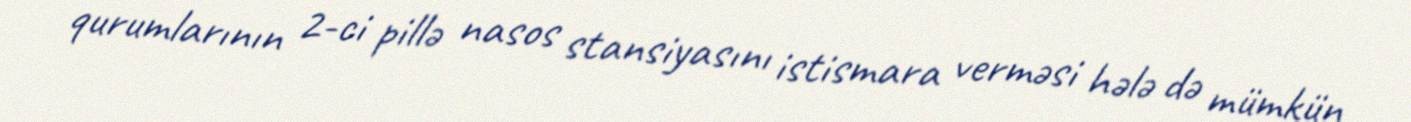
qurumlarının 2-ci pillə nasos stansiyasını istismara verməsi hələ də mümkün